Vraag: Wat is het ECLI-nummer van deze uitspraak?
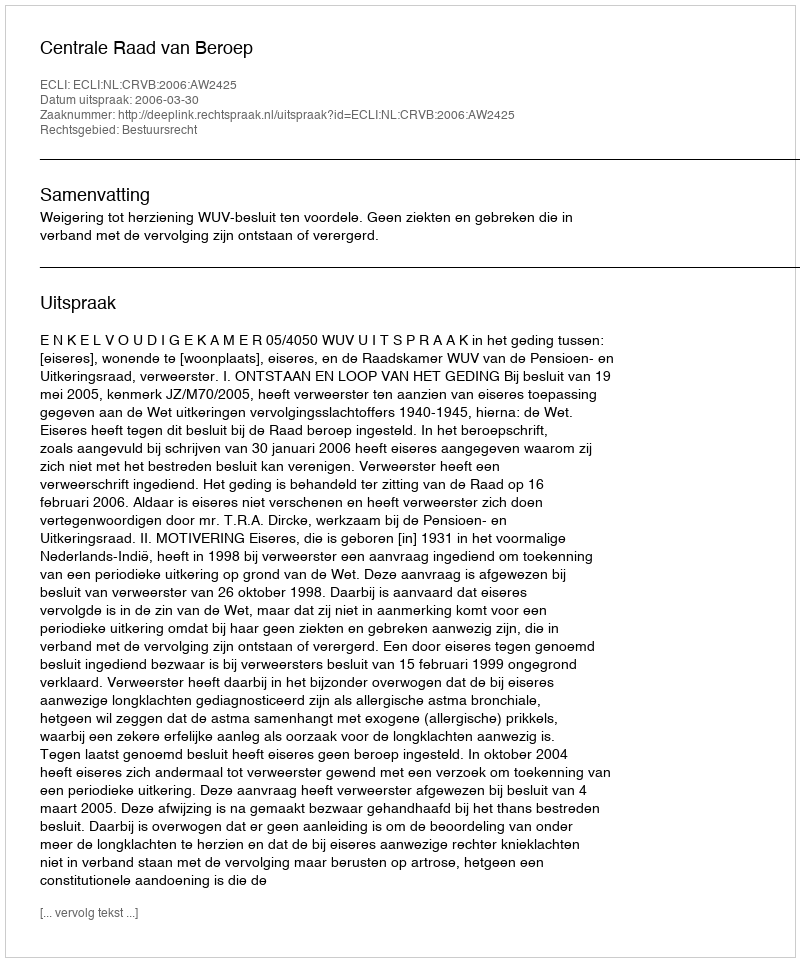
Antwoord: ECLI:NL:CRVB:2006:AW2425